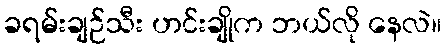
ခရမ်းချဉ်သီး ဟင်းချိုက ဘယ်လို နေလဲ။